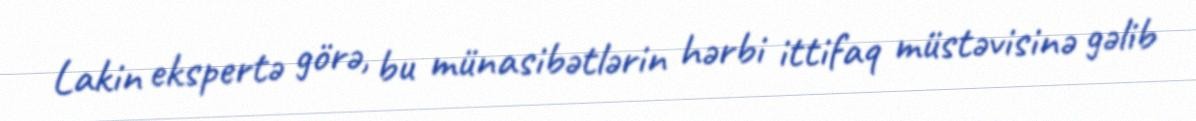
Lakin ekspertə görə, bu münasibətlərin hərbi ittifaq müstəvisinə gəlib